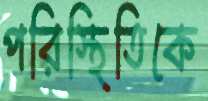
পরিস্থিতিকে